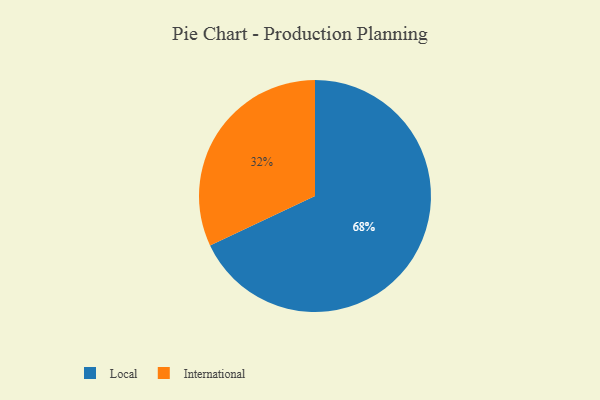
{"axis": {"x": "Category", "y": "Percentage"}, "legend": ["International", "Local"], "data": [{"x": "International", "y": 32, "type": "International"}, {"x": "Local", "y": 68, "type": "Local"}]}